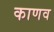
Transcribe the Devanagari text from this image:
काणव